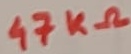
Text: 47KΩ